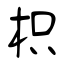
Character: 枳